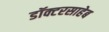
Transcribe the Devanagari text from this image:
डॉक्टरसाहेब